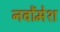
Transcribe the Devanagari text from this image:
नवोंमेश